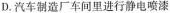
D.汽车制造厂车间里进行静电喷漆